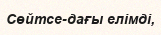
Сөйтсе-дағы елімді,